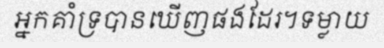
អ្នកគាំទ្របានឃើញផងដែរ។ទម្លាយ